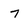
Character: 7